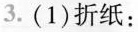
3. (1)折纸：